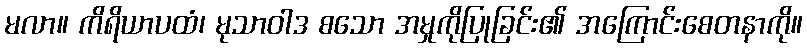
မလာ။ ကိရိယာပထံ၊ မုသာဝါဒ စသော အမှုကိုပြုခြင်း၏ အကြောင်းစေတနာကို။